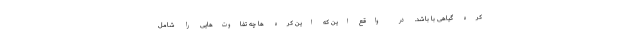
کره گیاهی با باشد. در واقع این که این کره ها چه تفاوت‌هایی را شامل